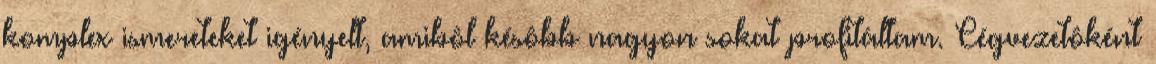
komplex ismereteket igényelt, amibôl késôbb nagyon sokat profitáltam. Cégvezetôként